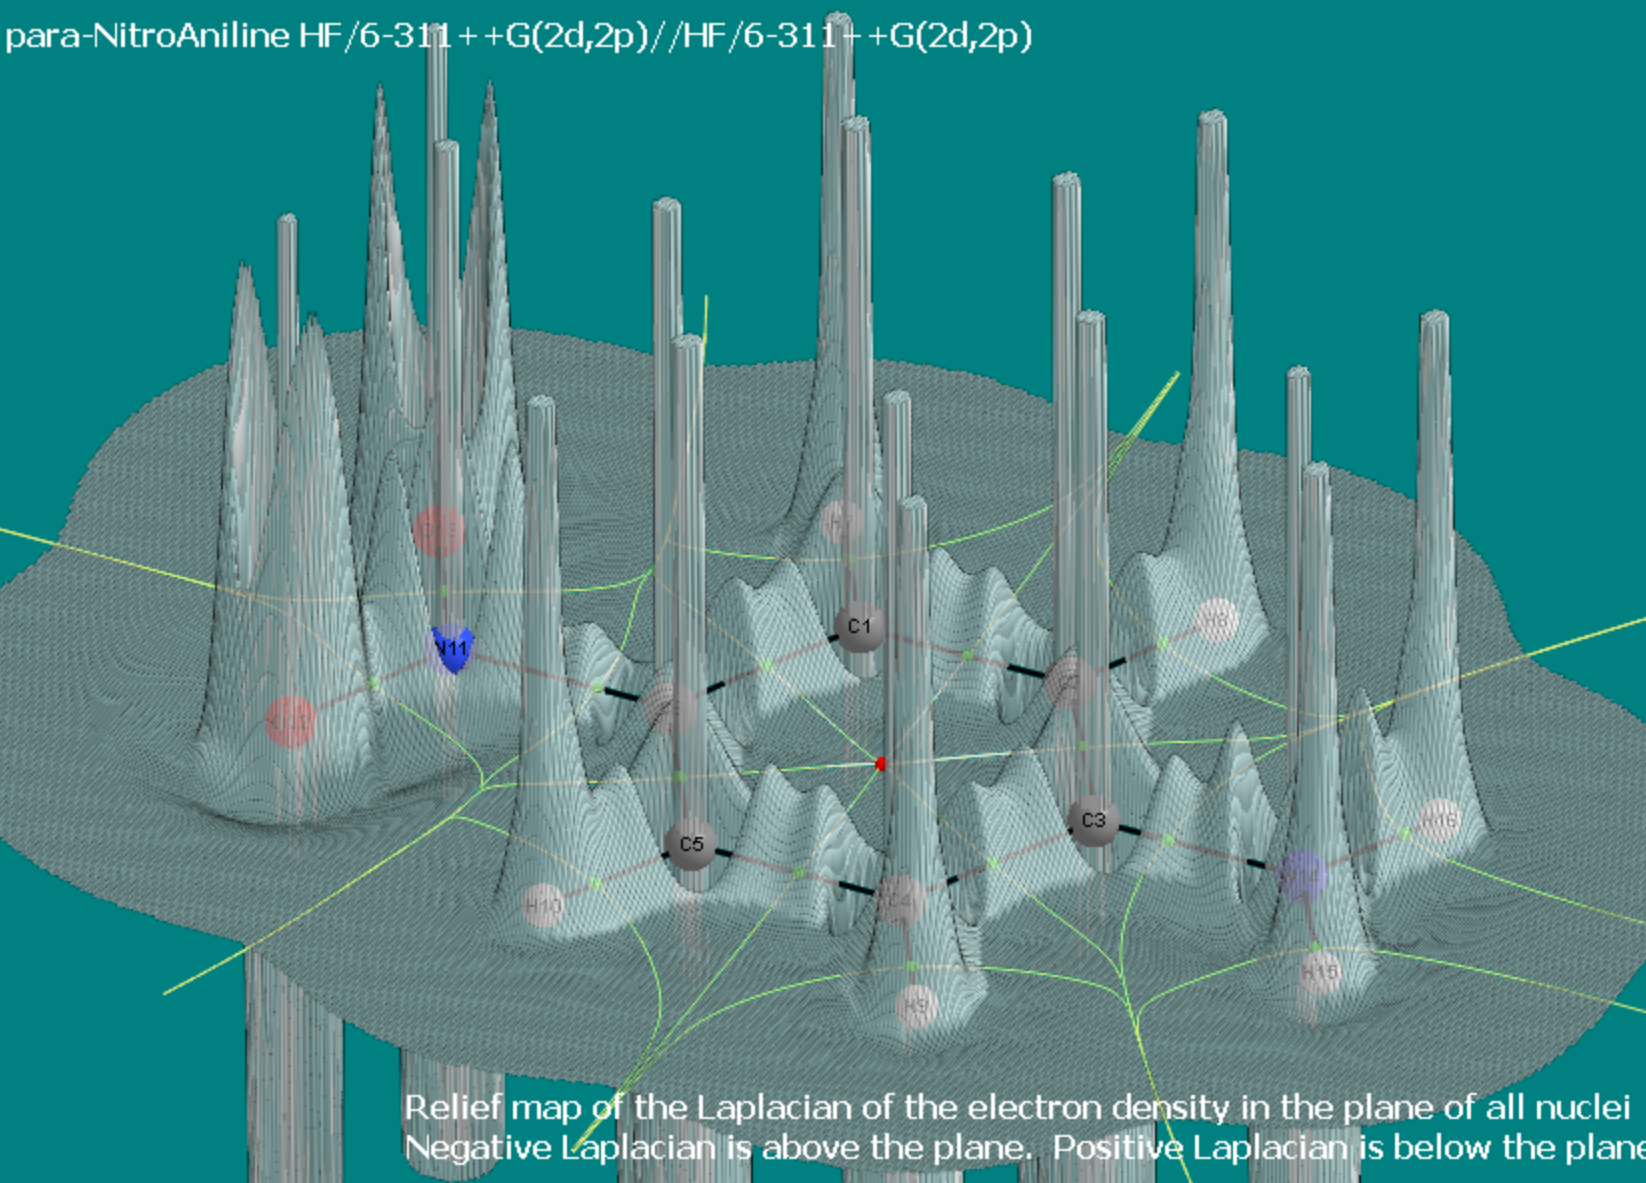
aimaii, QTAIM,relief map